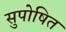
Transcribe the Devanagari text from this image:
सुपोषित